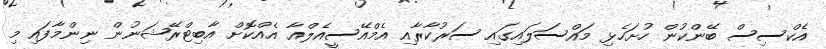
އެކްސިސް ބޭންކުން ހުށަހެޅި މައްސަލައިގައި ސަރުކާރާއި އެމްއޭސީއެލްއާ އެއްކޮށް އާބިޓްރޭޝަނުން ނިންމާފައި މި